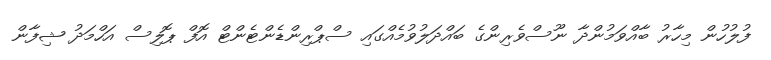
ފުލުހުން މިހާރު ބާއްވަމުންދާ ނޫސްވެރިންގެ ބައްދަލުވުމެއްގައި ސްޕްރިންޑެންޓެންޓް އޮފް ޕޮލިސް އަހްމަދު ޝިފާން